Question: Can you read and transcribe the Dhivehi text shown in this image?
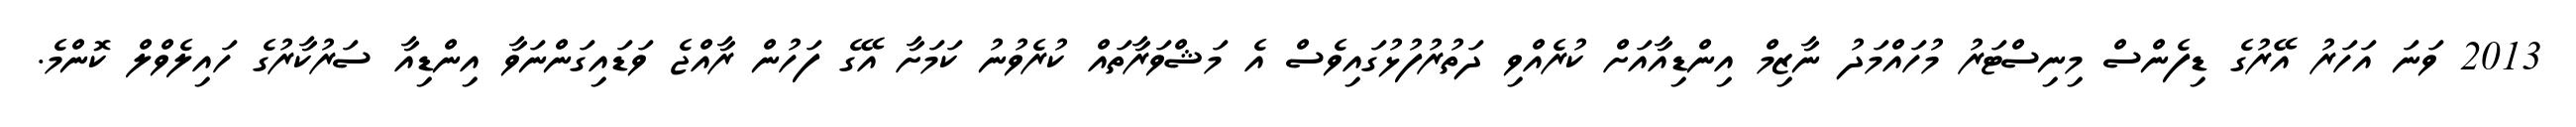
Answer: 2013 ވަނަ އަހަރު އޭރުގެ ޑިފެންސް މިނިސްޓަރު މުހައްމަދު ނާޒިމް އިންޑިއާއަށް ކުރެއްވި ދަތުރުފުޅުގައިވެސް އެ މަޝްވަރާތައް ކުރެވުނު ކަމަށާ އޭގެ ފަހުން ރާއްޖެ ވަޑައިގަންނަވާ އިންޑިއާ ސަރުކާރުގެ ހައިލެވްލް ކޮންމެ.